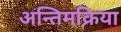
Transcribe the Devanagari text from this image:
अन्तिमक्रिया